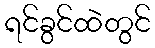
ရင်ခွင်ထဲတွင်